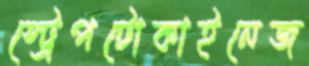
স্ট্রেপটোকাইনেজ